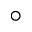
\circ